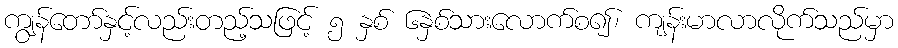
ကျွန်တော်နှင့်လည်းတည့်သဖြင့် ၅ နှစ် ၆နှစ်သားလောက်စ၍၊ ကျန်းမာလာလိုက်သည်မှာ